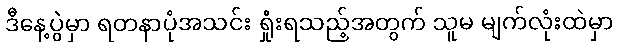
ဒီနေ့ပွဲမှာ ရတနာပုံအသင်း ရှုံးရသည့်အတွက် သူမ မျက်လုံးထဲမှာ